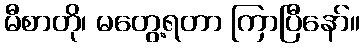
မီစာတို၊ မတွေ့ရတာ ကြာပြီနော်။